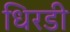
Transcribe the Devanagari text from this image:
धिरडी